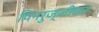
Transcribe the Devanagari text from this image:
पिनरुज्जीवन